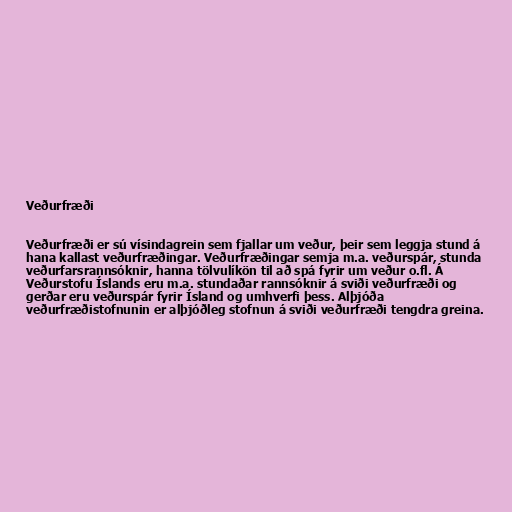
Veðurfræði

Veðurfræði er sú vísindagrein sem fjallar um veður, þeir sem leggja stund á
hana kallast veðurfræðingar. Veðurfræðingar semja m.a. veðurspár, stunda
veðurfarsrannsóknir, hanna tölvulíkön til að spá fyrir um veður o.fl. Á
Veðurstofu Íslands eru m.a. stundaðar rannsóknir á sviði veðurfræði og
gerðar eru veðurspár fyrir Ísland og umhverfi þess. Alþjóða
veðurfræðistofnunin er alþjóðleg stofnun á sviði veðurfræði tengdra greina.